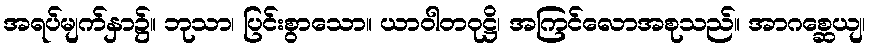
အရပ်မျက်နှာ၌။ ဘုသာ၊ ပြင်းစွာသော။ ယာဝါတဝုဋ္ဌိ၊ အကြင်လောအစုသည်။ အာဂစ္ဆေယျ၊